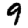
Digit: 9